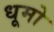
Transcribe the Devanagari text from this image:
धूमो